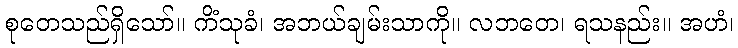
စုတေသည်ရှိသော်။ ကိံသုခံ၊ အဘယ်ချမ်းသာကို။ လဘတေ၊ ရသနည်း။ အဟံ၊